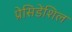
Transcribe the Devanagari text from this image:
प्रेसिडेंशिल